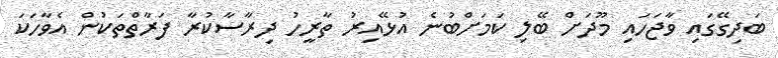
ބަދިގޭގައި ވާޖަހައި މޫދަށް ބޭލި ކަމަށްބުނެ އުޅޭއިރު ތާރީހު ދިރާސާކުރާ ފަރާތްތަކުން އެވާހަކަ